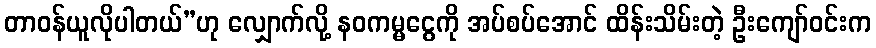
တာဝန်ယူလိုပါတယ်”ဟု လျှောက်လို့ နဝကမ္မငွေကို အပ်စပ်အောင် ထိန်းသိမ်းတဲ့ ဦးကျော်ဝင်းက